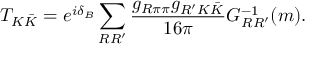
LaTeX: T _ { K \bar { K } } = e ^ { i \delta _ { B } } \sum _ { R R ^ { \prime } } \frac { g _ { R \pi \pi } g _ { R ^ { \prime } K \bar { K } } } { 1 6 \pi } G _ { R R ^ { \prime } } ^ { - 1 } ( m ) .